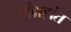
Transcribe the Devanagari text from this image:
संग्रहांत